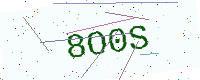
Text: 8O0S